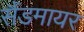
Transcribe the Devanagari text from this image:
सैंडमायर